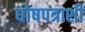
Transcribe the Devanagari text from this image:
घोषपत्राशी